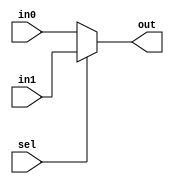
module Mux32Bit2To1(input[31:0] in0,
		input[31:0] in1,
		input sel,
		output[31:0] out);

	assign out = sel ? in1 : in0;

endmodule

module Mux5Bit2To1(input[4:0] in0,
		input[4:0] in1,
		input sel,
		output[4:0] out);

	assign out = sel ? in1 : in0;

endmodule